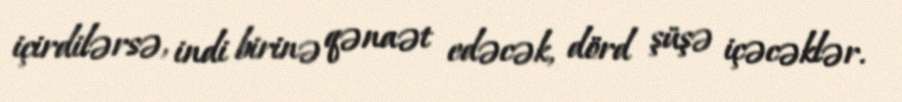
içirdilərsə, indi birinə qənaət edəcək, dörd şüşə içəcəklər.